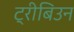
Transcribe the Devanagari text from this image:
ट्रीबिउन